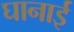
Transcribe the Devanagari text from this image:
घानाई